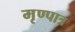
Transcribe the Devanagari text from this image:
मृण्पात्र